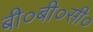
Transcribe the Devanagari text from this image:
बी०बी०सी०